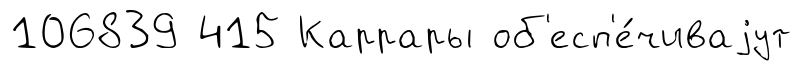
106839 415 Каррары об'есп'е́чиваjут